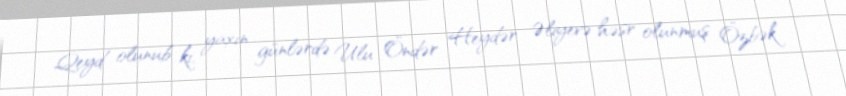
Qeyd olunub ki, yaxın günlərdə Ulu Öndər Heydər Əliyevə həsr olunmuş Özbək